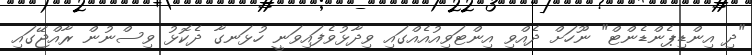
"ދި އިންޑިޕެންޑެންޓް" ނޫހަށް ދެއްވި އިންޓަވިއުއެއްގައި ވިދާޅުވެފައިވަނީ ހުޅަނގާ ދެކޮޅު ވިސްނުން ރާއްޖޭގައި